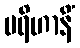
ပရိဟာနိံ